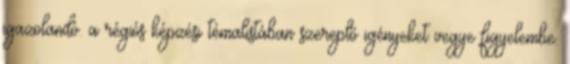
igazolandó. a régiós képzési témalistában szereplő igényeket vegye figyelembe.